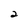
Character: 2